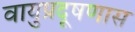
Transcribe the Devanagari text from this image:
वायुप्रदूषणास